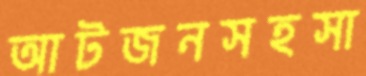
আটজনসহসা